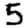
Digit: 5